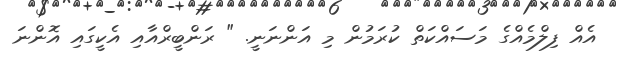
އެއް ފިލްމެއްގެ މަސައްކަތް ކުރަމުން މި އަންނަނީ. " ރަންބީރްއާއި އެކީގައި އޮންނަ